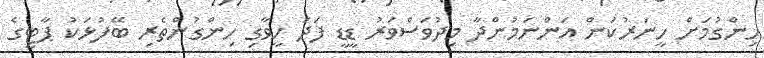
ހިންގުމަށް ހީނަރުކަން އަންނަމުންދާ މިދުވަސްވަރު ޑީޑީ ފަދަ ހީވާގި ހިންގުންތެރި ބޭފުޅަކު ޕާޓީގެ